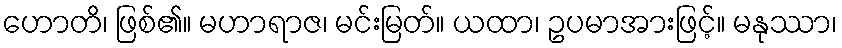
ဟောတိ၊ ဖြစ်၏။ မဟာရာဇ၊ မင်းမြတ်။ ယထာ၊ ဥပမာအားဖြင့်။ မနုဿာ၊